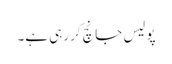
پولیس جانچ‌کر رہی ہے۔